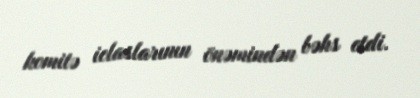
komitə iclaslarının önəmindən bəhs etdi.